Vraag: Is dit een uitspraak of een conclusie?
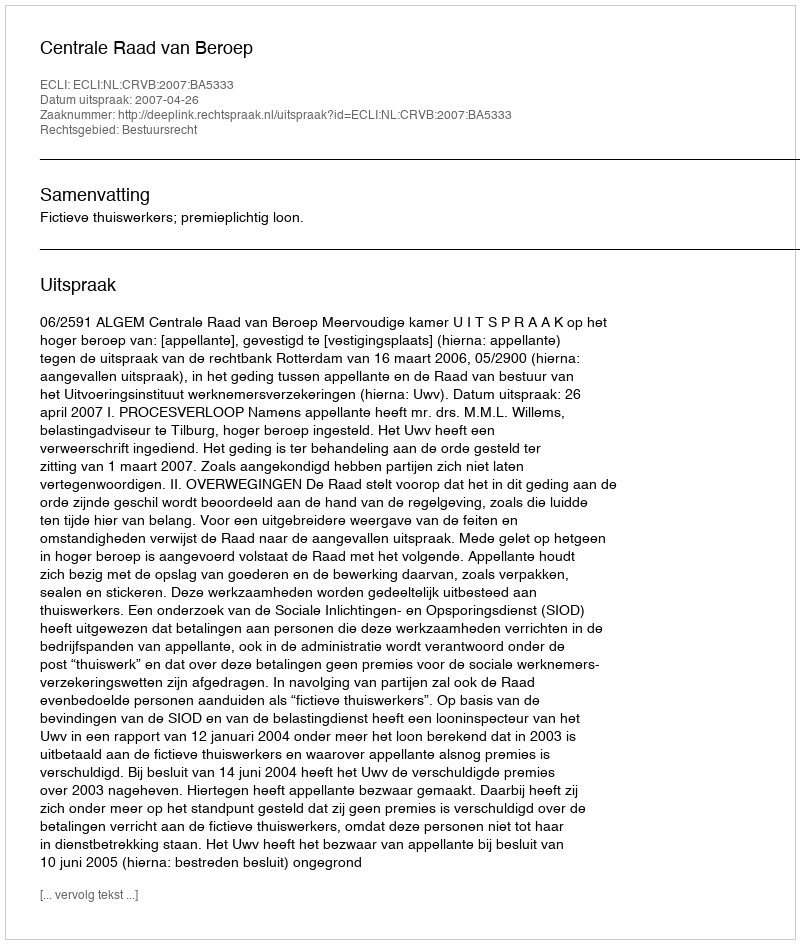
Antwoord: Uitspraak